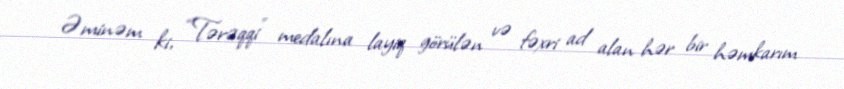
Əminəm ki, “Tərəqqi” medalına layiq görülən və fəxri ad alan hər bir həmkarım